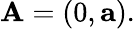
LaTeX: \mathbf{A}=\left(0,\mathbf{a}\right).